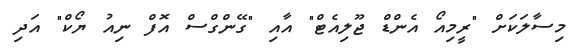
މިސާލަކަށް "ރީމިއޯ އެންޑް ޖޫލިއެޓް" އާއި "ގޭންގްސް އޮފް ނިއު ޔޯކް" އަދި